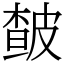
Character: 皶